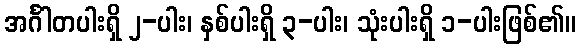
အင်္ဂါတပါးရှိ ၂-ပါး၊ နှစ်ပါးရှိ ၃-ပါး၊ သုံးပါးရှိ ၁-ပါးဖြစ်၏။